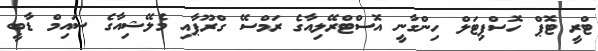
ޓްރީ ޓޮޕް ހޮސްޕިޓަލް ހިންގާނީ އޮސްޓްރޭލިއާގެ ރަމްސޭ ގްރޫޕާއި މެލޭޝިއާގެ ސައިމް ޑާބީ